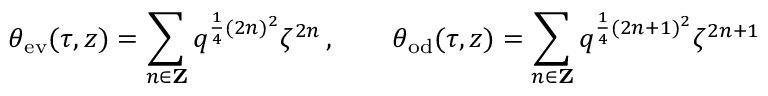
\theta _ { \mathrm { e v } } ( \tau , z ) = \sum _ { n \in { \bf Z } } q ^ { \frac { 1 } { 4 } ( 2 n ) ^ { 2 } } \zeta ^ { 2 n } \, , \qquad \theta _ { \mathrm { o d } } ( \tau , z ) = \sum _ { n \in { \bf Z } } q ^ { \frac { 1 } { 4 } ( 2 n + 1 ) ^ { 2 } } \zeta ^ { 2 n + 1 }